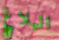
البلاغ